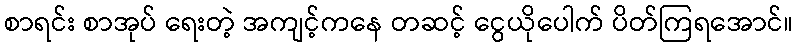
စာရင်း စာအုပ် ရေးတဲ့ အကျင့်ကနေ တဆင့် ငွေယိုပေါက် ပိတ်ကြရအောင်။